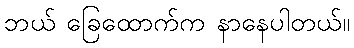
ဘယ် ခြေထောက်က နာနေပါတယ်။